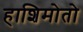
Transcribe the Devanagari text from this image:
हाशिमोतो